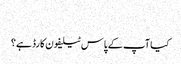
‬
‫کیا آپ کے پاس ٹیلیفون کارڈ ہے؟